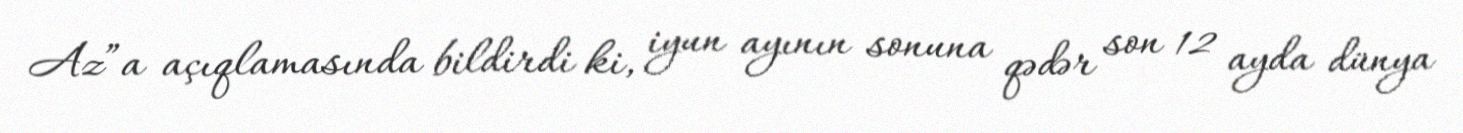
Az”a açıqlamasında bildirdi ki, iyun ayının sonuna qədər son 12 ayda dünya